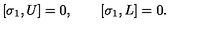
\left[ \sigma _ { 1 } , U \right] = 0 , \qquad \left[ \sigma _ { 1 } , L \right] = 0 .